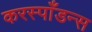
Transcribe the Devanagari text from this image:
करस्पाँडन्स